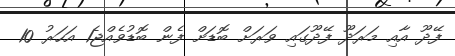
ފޭދޫ އާއި މަރަދޫ ފޭދޫގައި ވަރަށް ބޮޑަށް ފެން ބޮޑުވެއްޖެ1 އަހަރު 10